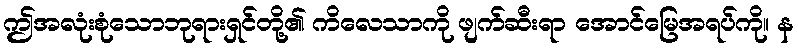
ဤအလုံးစုံသောဘုရားရှင်တို့၏ ကိလေသာကို ဖျက်ဆီးရာ အောင်မြေအရပ်ကို။ န